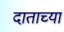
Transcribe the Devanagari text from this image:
दाताच्या